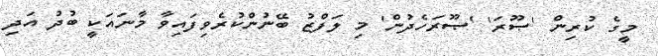
މީގެ ކުރިން 'ޞޫރަ' 'ޞޫރަހެދުން' މި ލަފްޒު ބޭނުންކުރެވިފައިވާ މާނައަކީ ބުދު އަދި